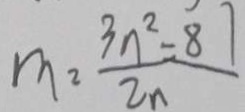
m = \frac { 3 n ^ { 2 } - 8 7 } { 2 n }